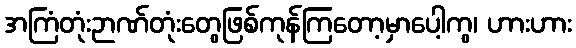
အကြံတုံးဉာဏ်တုံးတွေဖြစ်ကုန်ကြတော့မှာပေါ့ကွ၊ ဟားဟား